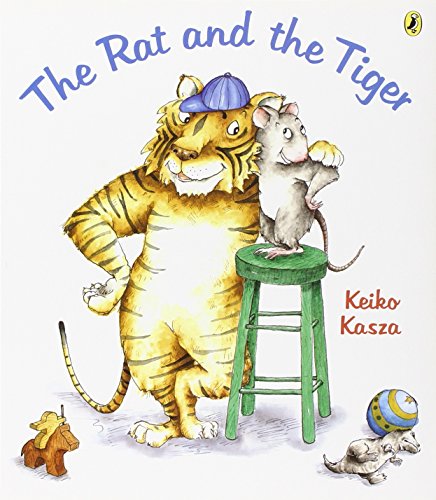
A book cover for The Rat and the Tiger; Keiko Kasza; Children's Books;